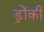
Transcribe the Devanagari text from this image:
ड्रोंकी